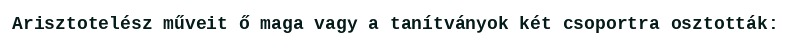
Arisztotelész műveit ő maga vagy a tanítványok két csoportra osztották: